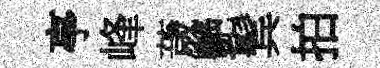
亭峰薉艶鬂拍